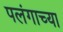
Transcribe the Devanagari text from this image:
पलंगाच्या